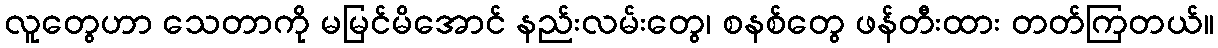
လူတွေဟာ သေတာကို မမြင်မိအောင် နည်းလမ်းတွေ၊ စနစ်တွေ ဖန်တီးထား တတ်ကြတယ်။